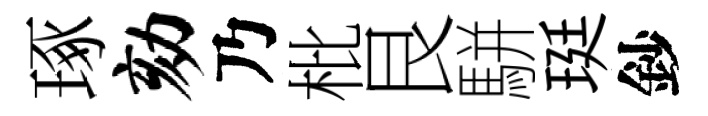
琢劾乃枇艮駢珽鈔